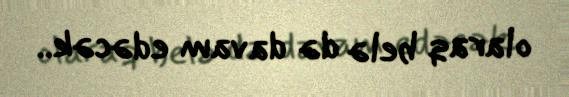
olaraq belə də davam edəcək..